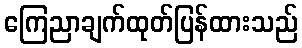
ကြေညာချက်ထုတ်ပြန်ထားသည်